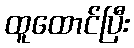
ထူထောင်ပြီး